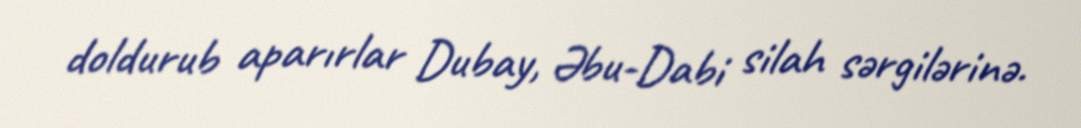
doldurub aparırlar Dubay, Əbu-Dabi silah sərgilərinə.